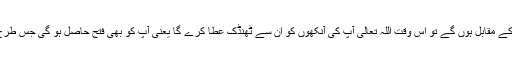
مجھے امید ہے کہ جب ہم لوگ قریش کے مقابل ہوں گے تو اس وقت اللہ تعالیٰ آپؐ کی آنکھوں کو ان سے ٹھنڈک عطا کرے گا یعنی آپؐ کو بھی فتح حاصل ہو گی جس طرح پرانے زمانے میں ہمیں ہو چکی ہے۔